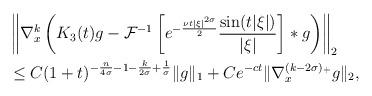
LaTeX: \begin{align*} & \left\| \nabla^{k}_{x} \left(K_{3}(t)g - \mathcal{F}^{-1} \left[e^{-\frac{\nu t |\xi|^{2 \sigma}}{2}}\frac{\sin (t |\xi|)}{|\xi|} \right] \ast g\right)\right\|_{2} \\& \le C (1+t)^{-\frac{n}{4 \sigma}-1-\frac{k}{2 \sigma} +\frac{1}{\sigma}}\| g \|_{1} +C e^{-ct} \| \nabla^{(k-2 \sigma)_{+}}_{x} g\|_{2}, \end{align*}